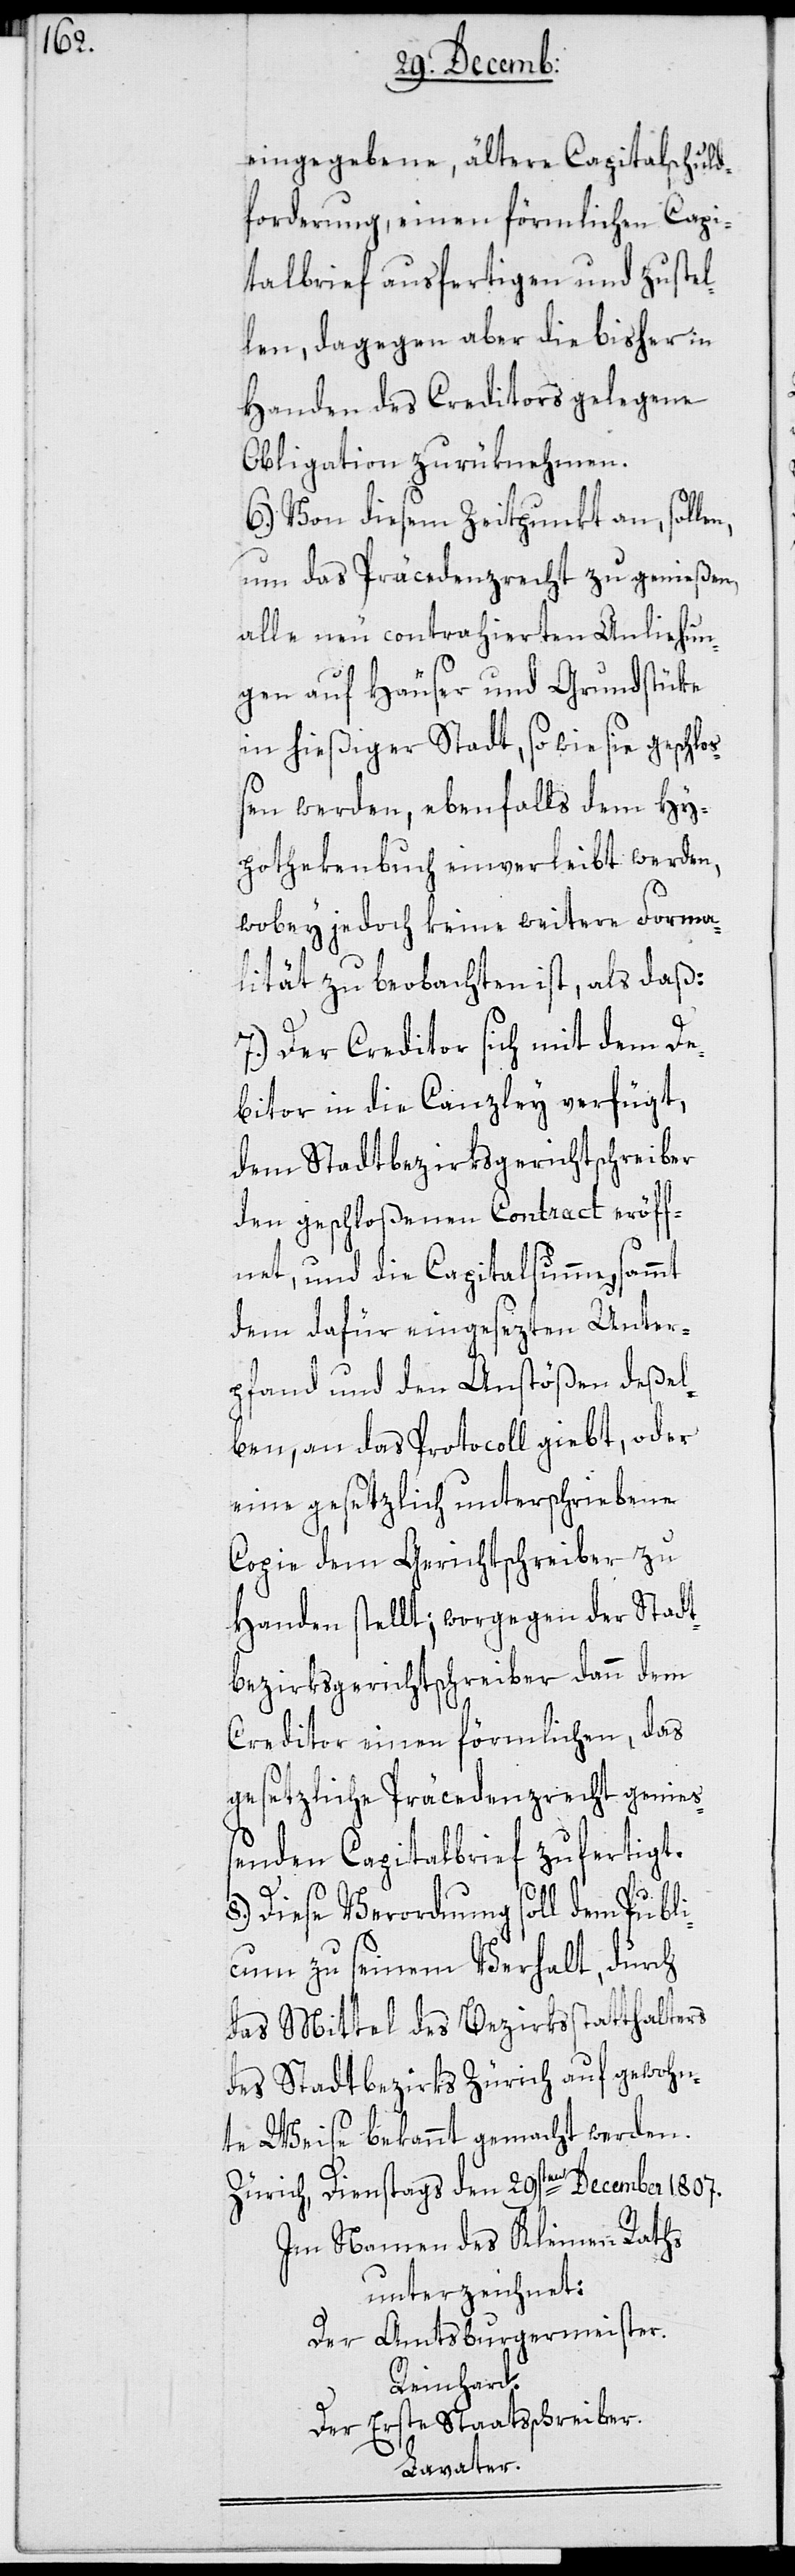
eingegebene ältere Capitalschuld¬
forderung, einen förmlichen Capi¬
talbrief ausgertigen und zustel¬
len, dagegen aber die bisher in
Handen des Creditors gelegene
Obligation zurüknehmen.
6.) Von diesem Zeitpunkt an, sollen,
um das Präcedenzrecht zu genießen,
alle neu contrahierten Anliehun¬
gen auf Häuser und Grundstüke
in hießiger Stadt, so wie sie geschlo¬
ßen werden, ebenfalls dem Hy¬
pothekenbuch einverleibt werden,
wobey jedoch keine weitere Forma¬
lität zu beobachten ist, als daß:
7.) Der Creditor sich mit dem De¬
bitor in die Canzlei verfügt,
dem Stadtbezirksgerichtschreiber
den geschloßenen Conract eröff¬
net, und die Capitalsumme, sammt
dem dafür eingesezten Unter¬
pfand und den Anstößen deßel¬
ben, an das Protocoll giebt, oder
eine gesetzlich unterschriebene
Copie dem Gerichtschreiber zu
Handen stellt; worgegen der Stadt¬
bezirksgerichtschreiber dann dem
Creditor einen förmlichen, das
gesetzliche Präcedenzrecht genieß¬
enden Capitalbrief zufertigt.
8.) Diese Verordnung soll dem Publi¬
cum zu seinem Verhalt, durch
das Mittel des Bezirksstatthalters
des Stadtbezirks Zürich auf gewohn¬
te Weise bekannt gemacht werden.
Zürich, Dienstags den 29sten December 1807.
Im Namen des Kleinen Raths
unterzeichnet:
Der Amtsburgermeister.
Reinhard.
der Erste Staatsschreiber.
Lavater.